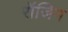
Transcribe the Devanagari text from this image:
रॉजिन